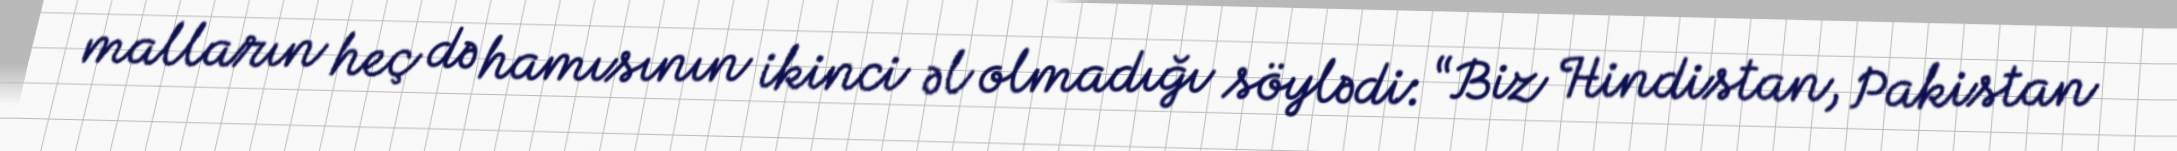
malların heç də hamısının ikinci əl olmadığı söylədi: “Biz Hindistan, Pakistan